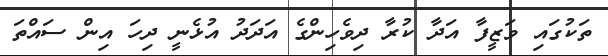
ތަކުގައި ވަޒީފާ އަދާ ކުރާ ދިވެހިންގެ އަދަދު އުޅެނީ ދިހަ އިން ސައްތަ